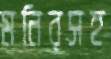
মনিরসহ